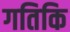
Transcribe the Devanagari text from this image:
गतिकि